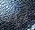
أينما